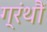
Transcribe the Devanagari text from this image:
ग्रंथौं